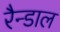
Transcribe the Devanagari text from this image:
रैन्डाल